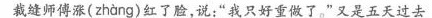
裁缝师傅涨( zhang )红了脸，说：”我只好重做了。”又是五天过去